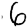
Digit: 6